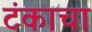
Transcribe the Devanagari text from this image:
टंकाचा